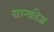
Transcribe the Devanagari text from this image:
यान्कीज